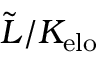
\tilde { L } / K _ { \mathrm { e l o } }